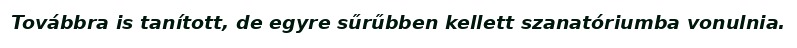
Továbbra is tanított, de egyre sűrűbben kellett szanatóriumba vonulnia.